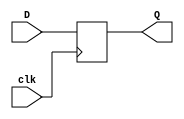
`timescale 1ns / 1ps

module dflipflop(clk, D, Q);
input D, clk;
output reg Q;

always @(posedge clk)
begin
   Q <= D;
end
endmodule